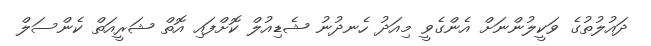
ދައުލުތުގެ ވަކީލުންނަށް އެންގެވީ މިއަދު ހެނދުނު ޝެޑިއުލް ކޮށްފައި އޮތް ޝަރީއަތް ކެންސަލް